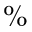
\%